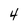
Character: 4